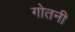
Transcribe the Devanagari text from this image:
गोतनी